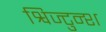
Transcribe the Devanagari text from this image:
श्विज्टुन्श